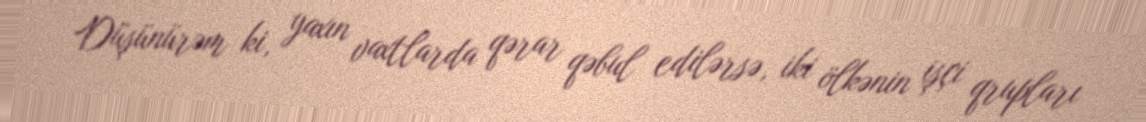
Düşünürəm ki, yaxın vaxtlarda qərar qəbul edilərsə, iki ölkənin işçi qrupları